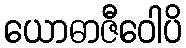
ယောဓာဇီဝေါပိ